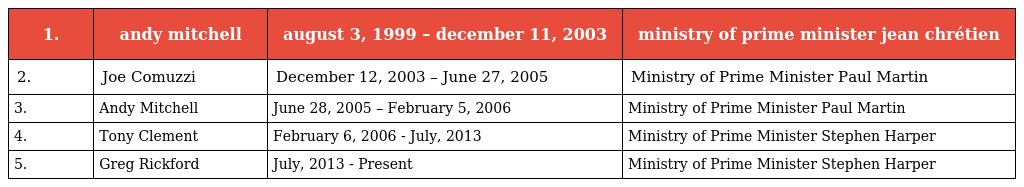
| 1. | andy mitchell | august 3, 1999 – december 11, 2003 | ministry of prime minister jean chrétien |
 | --- | --- | --- | --- |
 | 2. | Joe Comuzzi | December 12, 2003 – June 27, 2005 | Ministry of Prime Minister Paul Martin |
 | 3. | Andy Mitchell | June 28, 2005 – February 5, 2006 | Ministry of Prime Minister Paul Martin |
 | 4. | Tony Clement | February 6, 2006 - July, 2013 | Ministry of Prime Minister Stephen Harper |
 | 5. | Greg Rickford | July, 2013 - Present | Ministry of Prime Minister Stephen Harper |